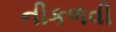
નીકળવી